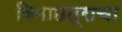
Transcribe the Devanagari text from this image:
विमाछत्राचा